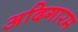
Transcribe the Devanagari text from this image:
अदिगारम